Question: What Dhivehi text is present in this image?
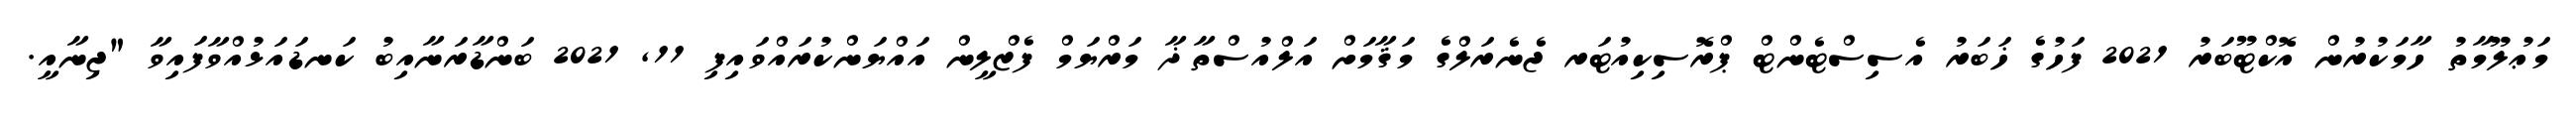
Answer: މަޢުލޫމާތު ހާމަކުރުން އޮކްޓޫބަރު 2021 ފަހުގެ ޚަބަރު އެސިސްޓެންޓް ޕްރޮސިކިއުޓަރ ޖެނެރަލްގެ މަޤާމަށް އަލްއުސްތާޛާ މަރްޔަމް ފެޒްލީން އައްޔަންކުރައްވައިފި 11, 2021 ބަންޑާރަނާއިބު ކަނޑައަޅުއްވާފައިވާ "ޖިނާއީ.